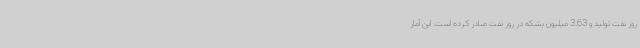
روز نفت تولید و 3.63 میلیون بشکه در روز نفت صادر کرده است. این آمار